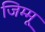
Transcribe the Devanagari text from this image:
जिम्मू